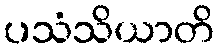
ပသံသိယာတိ